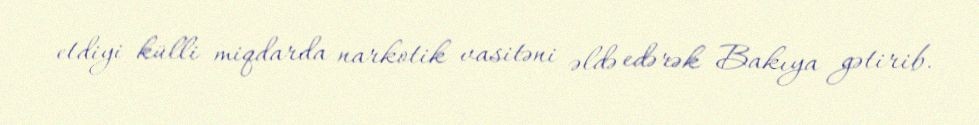
etdiyi külli miqdarda narkotik vasitəni əldə edərək Bakıya gətirib.